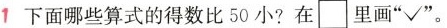
1下面哪些算式的得数比50小?在里画”√”